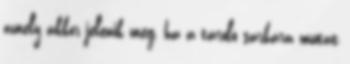
amely akkor jelenik meg, ha a tároló sarkára mutat